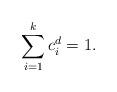
LaTeX: \begin{align*}\sum_{i=1}^k c_i^d=1. \end{align*}